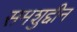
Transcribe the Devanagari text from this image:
समशुद्दीन